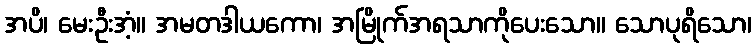
အပိ၊ မေးဦးအံ့။ အမတဒါယကော၊ အမြိုက်အရသာကိုပေးသော။ သောပုရိသော၊